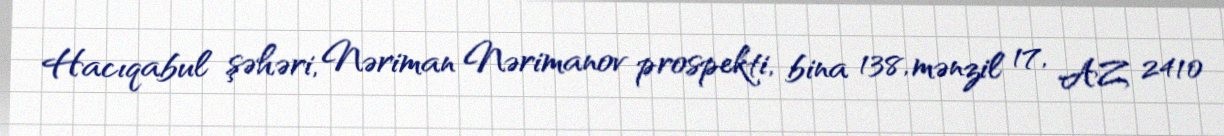
Hacıqabul şəhəri, Nəriman Nərimanov prospekti, bina 138, mənzil 17, AZ 2410